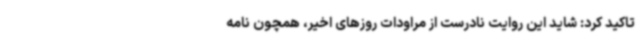
تاکید کرد: شاید این روایت نادرست از مراودات روزهای اخیر، همچون نامه